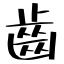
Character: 齒